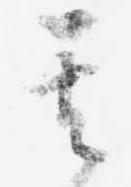
其